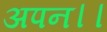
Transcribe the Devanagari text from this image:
अपन।।